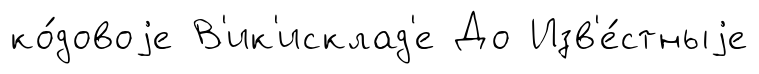
ко́довоjе В'ик'исклад'е До Изв'е́стныjе